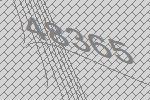
48365